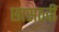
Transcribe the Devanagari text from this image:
छासठवीं